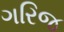
ગરિજ